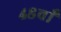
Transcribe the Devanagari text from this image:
४८वाँ